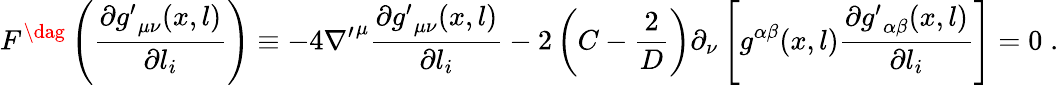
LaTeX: F^{\dag}\left(\frac{\partial{g^{\prime}}_{\mu\nu}(x,l)}{\partial l_{i}}\right)\equiv-4{\nabla^{\prime}}^{\mu}\frac{\partial{g^{\prime}}_{\mu\nu}(x,l)}{\partial l_{i}}-2\left(C-\frac{2}{D}\right)\partial_{\nu}\left[{g}^{\alpha\beta}(x,l)\frac{\partial{g^{\prime}}_{\alpha\beta}(x,l)}{\partial l_{i}}\right]=0\; .